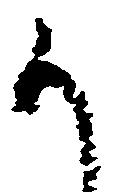
か